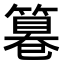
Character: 𥲻